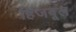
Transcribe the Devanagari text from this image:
हिजबूल